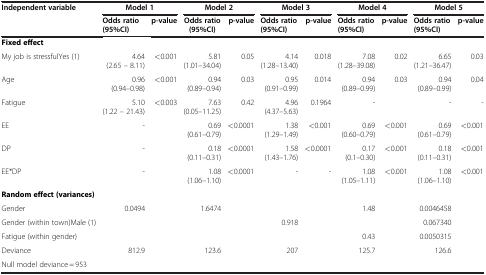
<table><thead><tr><td><b>Independent variable</b></td><td colspan="2"><b>Model 1</b></td><td colspan="2"><b>Model 2</b></td><td colspan="2"><b>Model 3</b></td><td colspan="2"><b>Model 4</b></td><td colspan="2"><b>Model 5</b></td></tr><tr><td><b> </b></td><td><b>Odds ratio(95%CI)</b></td><td><b>p-value</b></td><td><b>Odds ratio(95%CI)</b></td><td><b>p-value</b></td><td><b>Odds ratio(95%CI)</b></td><td><b>p-value</b></td><td><b>Odds ratio(95%CI)</b></td><td><b>p-value</b></td><td><b>Odds ratio(95%CI)</b></td><td><b>p-value</b></td></tr></thead><tbody><tr><td><b>Fixed effect</b></td><td> </td><td> </td><td> </td><td> </td><td> </td><td> </td><td> </td><td> </td><td> </td><td> </td></tr><tr><td>My job is stressfulYes (1)</td><td>4.64(2.65 – 8.11)</td><td>&lt;0.001</td><td>5.81(1.01–34.04)</td><td>0.05</td><td>4.14(1.28–13.40)</td><td>0.018</td><td>7.08(1.28–39.08)</td><td>0.02</td><td>6.65(1.21–36.47)</td><td>0.03</td></tr><tr><td>Age</td><td>0.96(0.94–0.98)</td><td>&lt;0.001</td><td>0.94(0.89–0.94)</td><td>0.03</td><td>0.95(0.91–0.99)</td><td>0.014</td><td>0.94(0.89–0.99)</td><td>0.03</td><td>0.94(0.89–0.99)</td><td>0.04</td></tr><tr><td>Fatigue</td><td>5.10(1.22 – 21.43)</td><td>&lt;0.003</td><td>7.63 (0.05–11.25)</td><td>0.42</td><td>4.96(4.37–5.63)</td><td>0.1964</td><td>-</td><td> </td><td>-</td><td>-</td></tr><tr><td>EE</td><td>-</td><td> </td><td>0.69(0.61–0.79)</td><td>&lt;0.0001</td><td>1.38 (1.29–1.49)</td><td>&lt;0.001</td><td>0.69(0.60–0.79)</td><td>&lt;0.001</td><td>0.69(0.61–0.79)</td><td>&lt;0.001</td></tr><tr><td>DP</td><td>-</td><td> </td><td>0.18(0.11–0.31)</td><td>&lt;0.0001</td><td>1.58 (1.43–1.76)</td><td>&lt;0.0001</td><td>0.17(0.1–0.30)</td><td>&lt;0.001</td><td>0.18(0.11–0.31)</td><td>&lt;0.001</td></tr><tr><td>EE*DP</td><td>-</td><td> </td><td>1.08(1.06–1.10)</td><td>&lt;0.0001</td><td>-</td><td>-</td><td>1.08(1.05–1.11)</td><td>&lt;0.001</td><td>1.08(1.06–1.10)</td><td>&lt;0.001</td></tr><tr><td><b>Random effect (variances)</b></td><td> </td><td> </td><td> </td><td> </td><td> </td><td> </td><td> </td><td> </td><td> </td><td> </td></tr><tr><td>Gender</td><td>0.0494</td><td> </td><td>1.6474</td><td> </td><td> </td><td> </td><td>1.48</td><td> </td><td>0.0046458</td><td> </td></tr><tr><td>Gender (within town)Male (1)</td><td> </td><td> </td><td> </td><td> </td><td>0.918</td><td> </td><td> </td><td> </td><td>0.067340</td><td> </td></tr><tr><td>Fatigue (within gender)</td><td> </td><td> </td><td> </td><td> </td><td> </td><td> </td><td>0.43</td><td> </td><td>0.0050315</td><td> </td></tr><tr><td>Deviance</td><td>812.9</td><td> </td><td>123.6</td><td> </td><td>207</td><td> </td><td>125.7</td><td> </td><td>126.6</td><td> </td></tr><tr><td>Null model deviance = 953</td><td> </td><td> </td><td> </td><td> </td><td> </td><td> </td><td> </td><td> </td><td> </td><td> </td></tr></tbody></table>